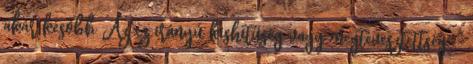
akár később Az ez irányú kishitűség vagy megtévesztettség -